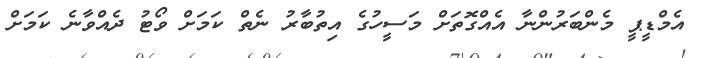
އެމްޑީޕީ މެންބަރުންނާ އެއްގޮތަށް މަސީހުގެ އިތުބާރު ނެތް ކަމަށް ވޯޓު ދެއްވާނެ ކަމަށް